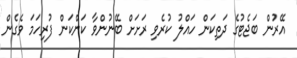
އޭރުން ބަޖެޓުގެ ދަތިކަން ހައްލު ކުރެވި ރަށަށް ބޭނުންވާ ކަންކަން ފުރިހަމަ ވެގެން